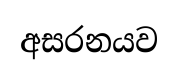
අසරනයව